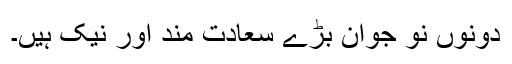
دونوں نو جوان بڑے سعادت مند اور نیک ہیں۔